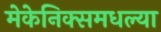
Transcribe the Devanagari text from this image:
मेकेनिक्समधल्या